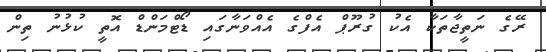
ރޭގެ ނަތީޖާތަކާ އެކު ގުރޫޕް އެފްގެ އެއްވަނާގައި ޑޯޓްމަންޑް އޮތީ ކުޅުނު ތިން